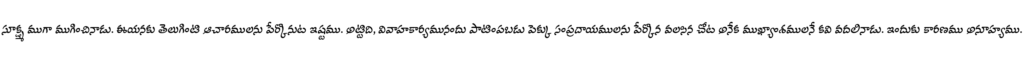
సూక్ష్మ ముగా ముగించినాడు. ఈయనకు తెలుగింటి ఆచారములను పేర్కొనుట ఇష్టము. అట్టిది, వివాహకార్యమునందు పాటింపబడు పెక్కు సంప్రదాయములను పేర్కొన వలసిన చోట అనేక ముఖ్యాంశములనే కవి వదలినాడు. ఇందుకు కారణము అనూహ్యము.